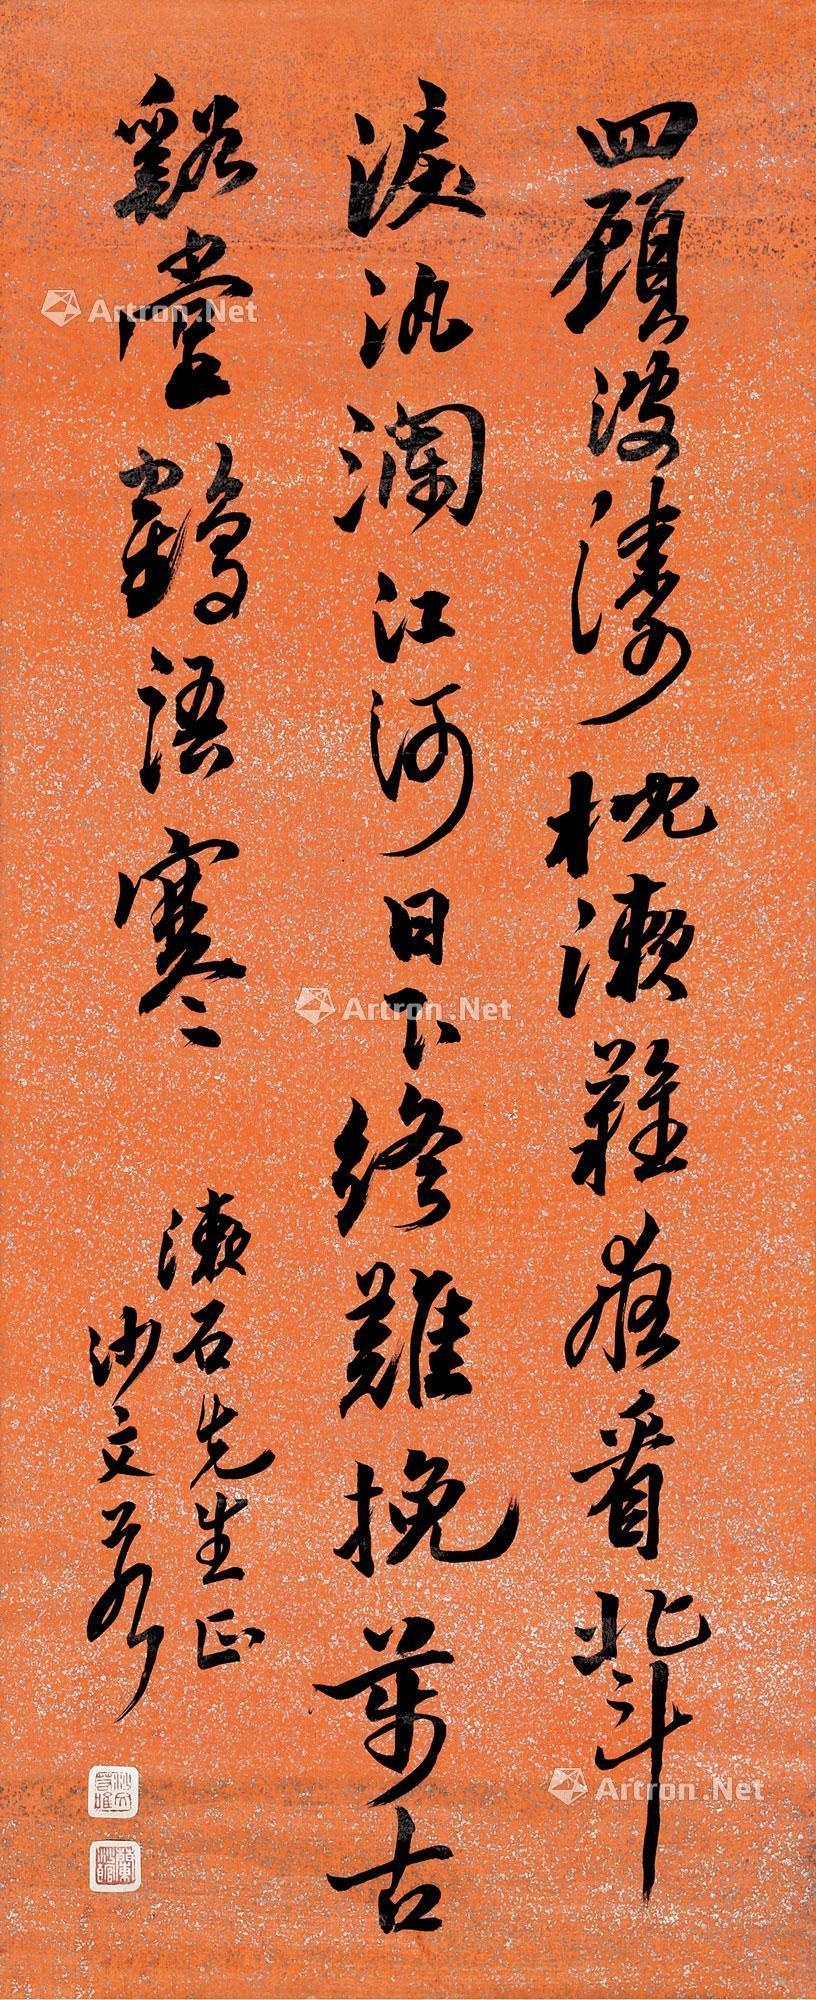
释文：四顾波涛枕漱难，夜看北斗泪汍澜。江河日下终难挽，万古溪堂鹤语寒。漱石先生正，沙文若。